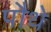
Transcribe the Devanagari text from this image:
पौथे